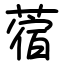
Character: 蓿